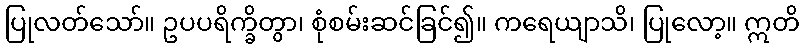
ပြုလတ်သော်။ ဥပပရိက္ခိတွာ၊ စုံစမ်းဆင်ခြင်၍။ ကရေယျာသိ၊ ပြုလော့။ ဣတိ